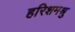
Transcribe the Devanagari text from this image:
हरिशमश्रु